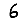
Digit: 6